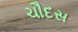
ચૌદસ